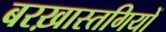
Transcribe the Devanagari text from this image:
बरख़ास्तगियों